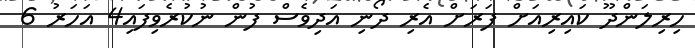
ހިރިލަންދޫ ކައިރިއަށް ފަރަށް އެރި ދޯނި އަދިވެސް ފުން ނުކުރެވިފައި4 އަހަރު 6